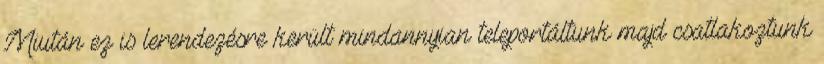
Miután ez is lerendezésre került mindannyian teleportáltunk majd csatlakoztunk